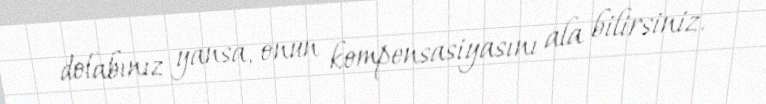
dolabınız yansa, onun kompensasiyasını ala bilirsiniz.